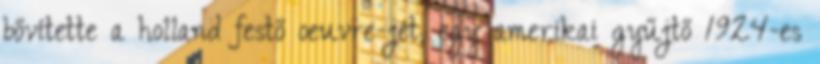
bővítette a holland festő oeuvre-jét; egy amerikai gyűjtő 1924-es